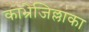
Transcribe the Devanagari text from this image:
काभ्रेजिल्लाका